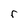
Character: r